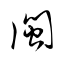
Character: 閩